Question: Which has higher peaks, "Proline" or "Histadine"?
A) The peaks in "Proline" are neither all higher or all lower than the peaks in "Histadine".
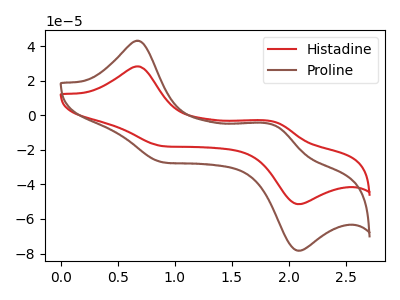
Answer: <think>The red curve "Histadine" has anodic peaks at (0.65V, 28.30uA) (1.85V, -3.45uA) and cathodic peaks at (0.90V, -17.95uA) (2.10V, -51.40uA). The brown curve "Proline" has anodic peaks at (0.65V, 43.10uA) (1.85V, -5.30uA) and cathodic peaks at (0.90V, -27.40uA) (2.10V, -78.35uA).</think>
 <answer>A) The peaks in "Proline" are neither all higher or all lower than the peaks in "Histadine".</answer>
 <eval>A</eval>